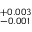
^ { + 0 . 0 0 3 } _ { - 0 . 0 0 1 }